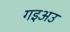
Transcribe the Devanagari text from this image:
गइअउ